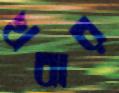
খবার